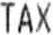
TAX